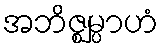
အဘိဇ္ဈမ္ပာဟံ